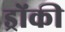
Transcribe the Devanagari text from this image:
ड्रोंकी